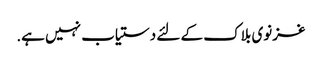
غزنوی بلاک کے لئے دستیاب نہیں ہے.